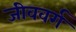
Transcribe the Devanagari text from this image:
जीववर्ग